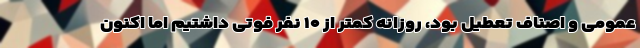
عمومی و اصناف تعطیل بود، روزانه کمتر از ۱۰ نفر فوتی داشتیم اما اکنون